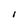
Character: I